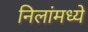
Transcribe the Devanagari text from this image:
निलांमध्ये